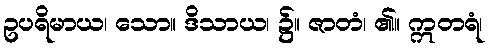
ဥပရိမာယ၊ သော။ ဒိသာယ၊ ၌။ ဇာတံ၊ ၏။ ဣတရံ၊